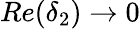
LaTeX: Re(\delta_{2})\rightarrow 0